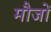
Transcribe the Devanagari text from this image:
मौजों